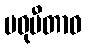
မဓုပီတာဝ